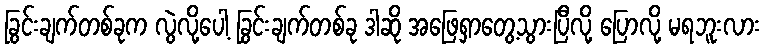
ခြွင်းချက်တစ်ခုက လွဲလို့ပေါ့ ခြွင်းချက်တစ်ခု ဒါဆို အဖြေရှာတွေ့သွားပြီလို့ ပြောလို့ မရဘူးလား